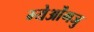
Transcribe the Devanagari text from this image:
ग्येओंगजु